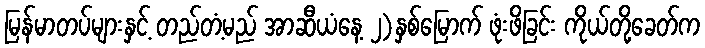
မြန်မာတပ်များနှင့် တည်တံ့မည် အာဆီယံနေ့ ၂)နှစ်မြောက် ဖုံးဖိခြင်း ကိုယ်တို့ခေတ်က